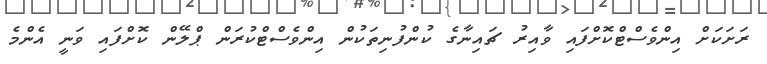
ރަށަކަށް އިންވެސްޓްކޮށްފައި ވާއިރު ޗައިނާގެ ކުންފުނިތަކުން އިންވެސްޓްކުރަން ޕްލޭން ކޮށްފައި ވަނީ އެންމެ